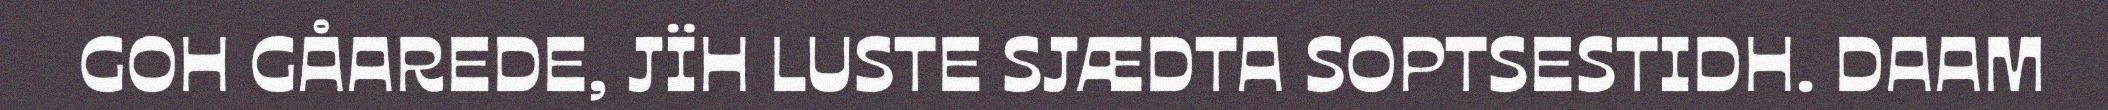
GOH GÅAREDE, JÏH LUSTE SJÆDTA SOPTSESTIDH. DAAM